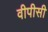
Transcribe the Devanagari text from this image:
वीपीसी